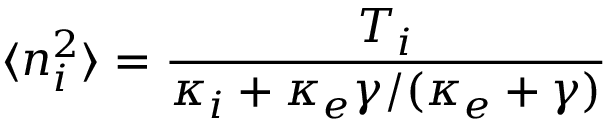
\langle n _ { i } ^ { 2 } \rangle = \frac { T _ { i } } { \kappa _ { i } + \kappa _ { e } \gamma / ( \kappa _ { e } + \gamma ) }